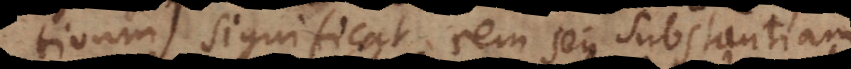
significat rem seu substantiam